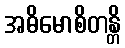
အဓိမောစိတန္တိ